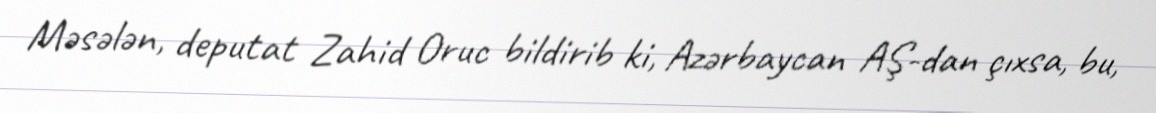
Məsələn, deputat Zahid Oruc bildirib ki, Azərbaycan AŞ-dan çıxsa, bu,